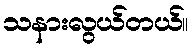
သနားလွယ်တယ်။